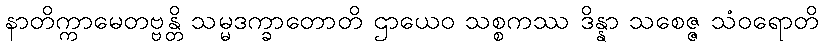
နာတိက္ကာမေတဗ္ဗန္တိ သမ္မဒက္ခာတောတိ ဌာယေဝ သစ္စကဿ ဒိန္နာ သစေဇ္ဇ သံဝရောတိ